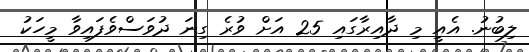
ލިބުނު. އެއީ މި ދާއިރާގައި 25 އަށް ވުރެ ގިނަ ދުވަސްވެފައިވާ މީހަކު